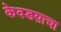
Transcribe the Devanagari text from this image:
केवडय़ाचा